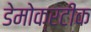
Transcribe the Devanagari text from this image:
डेमोक्रटीक